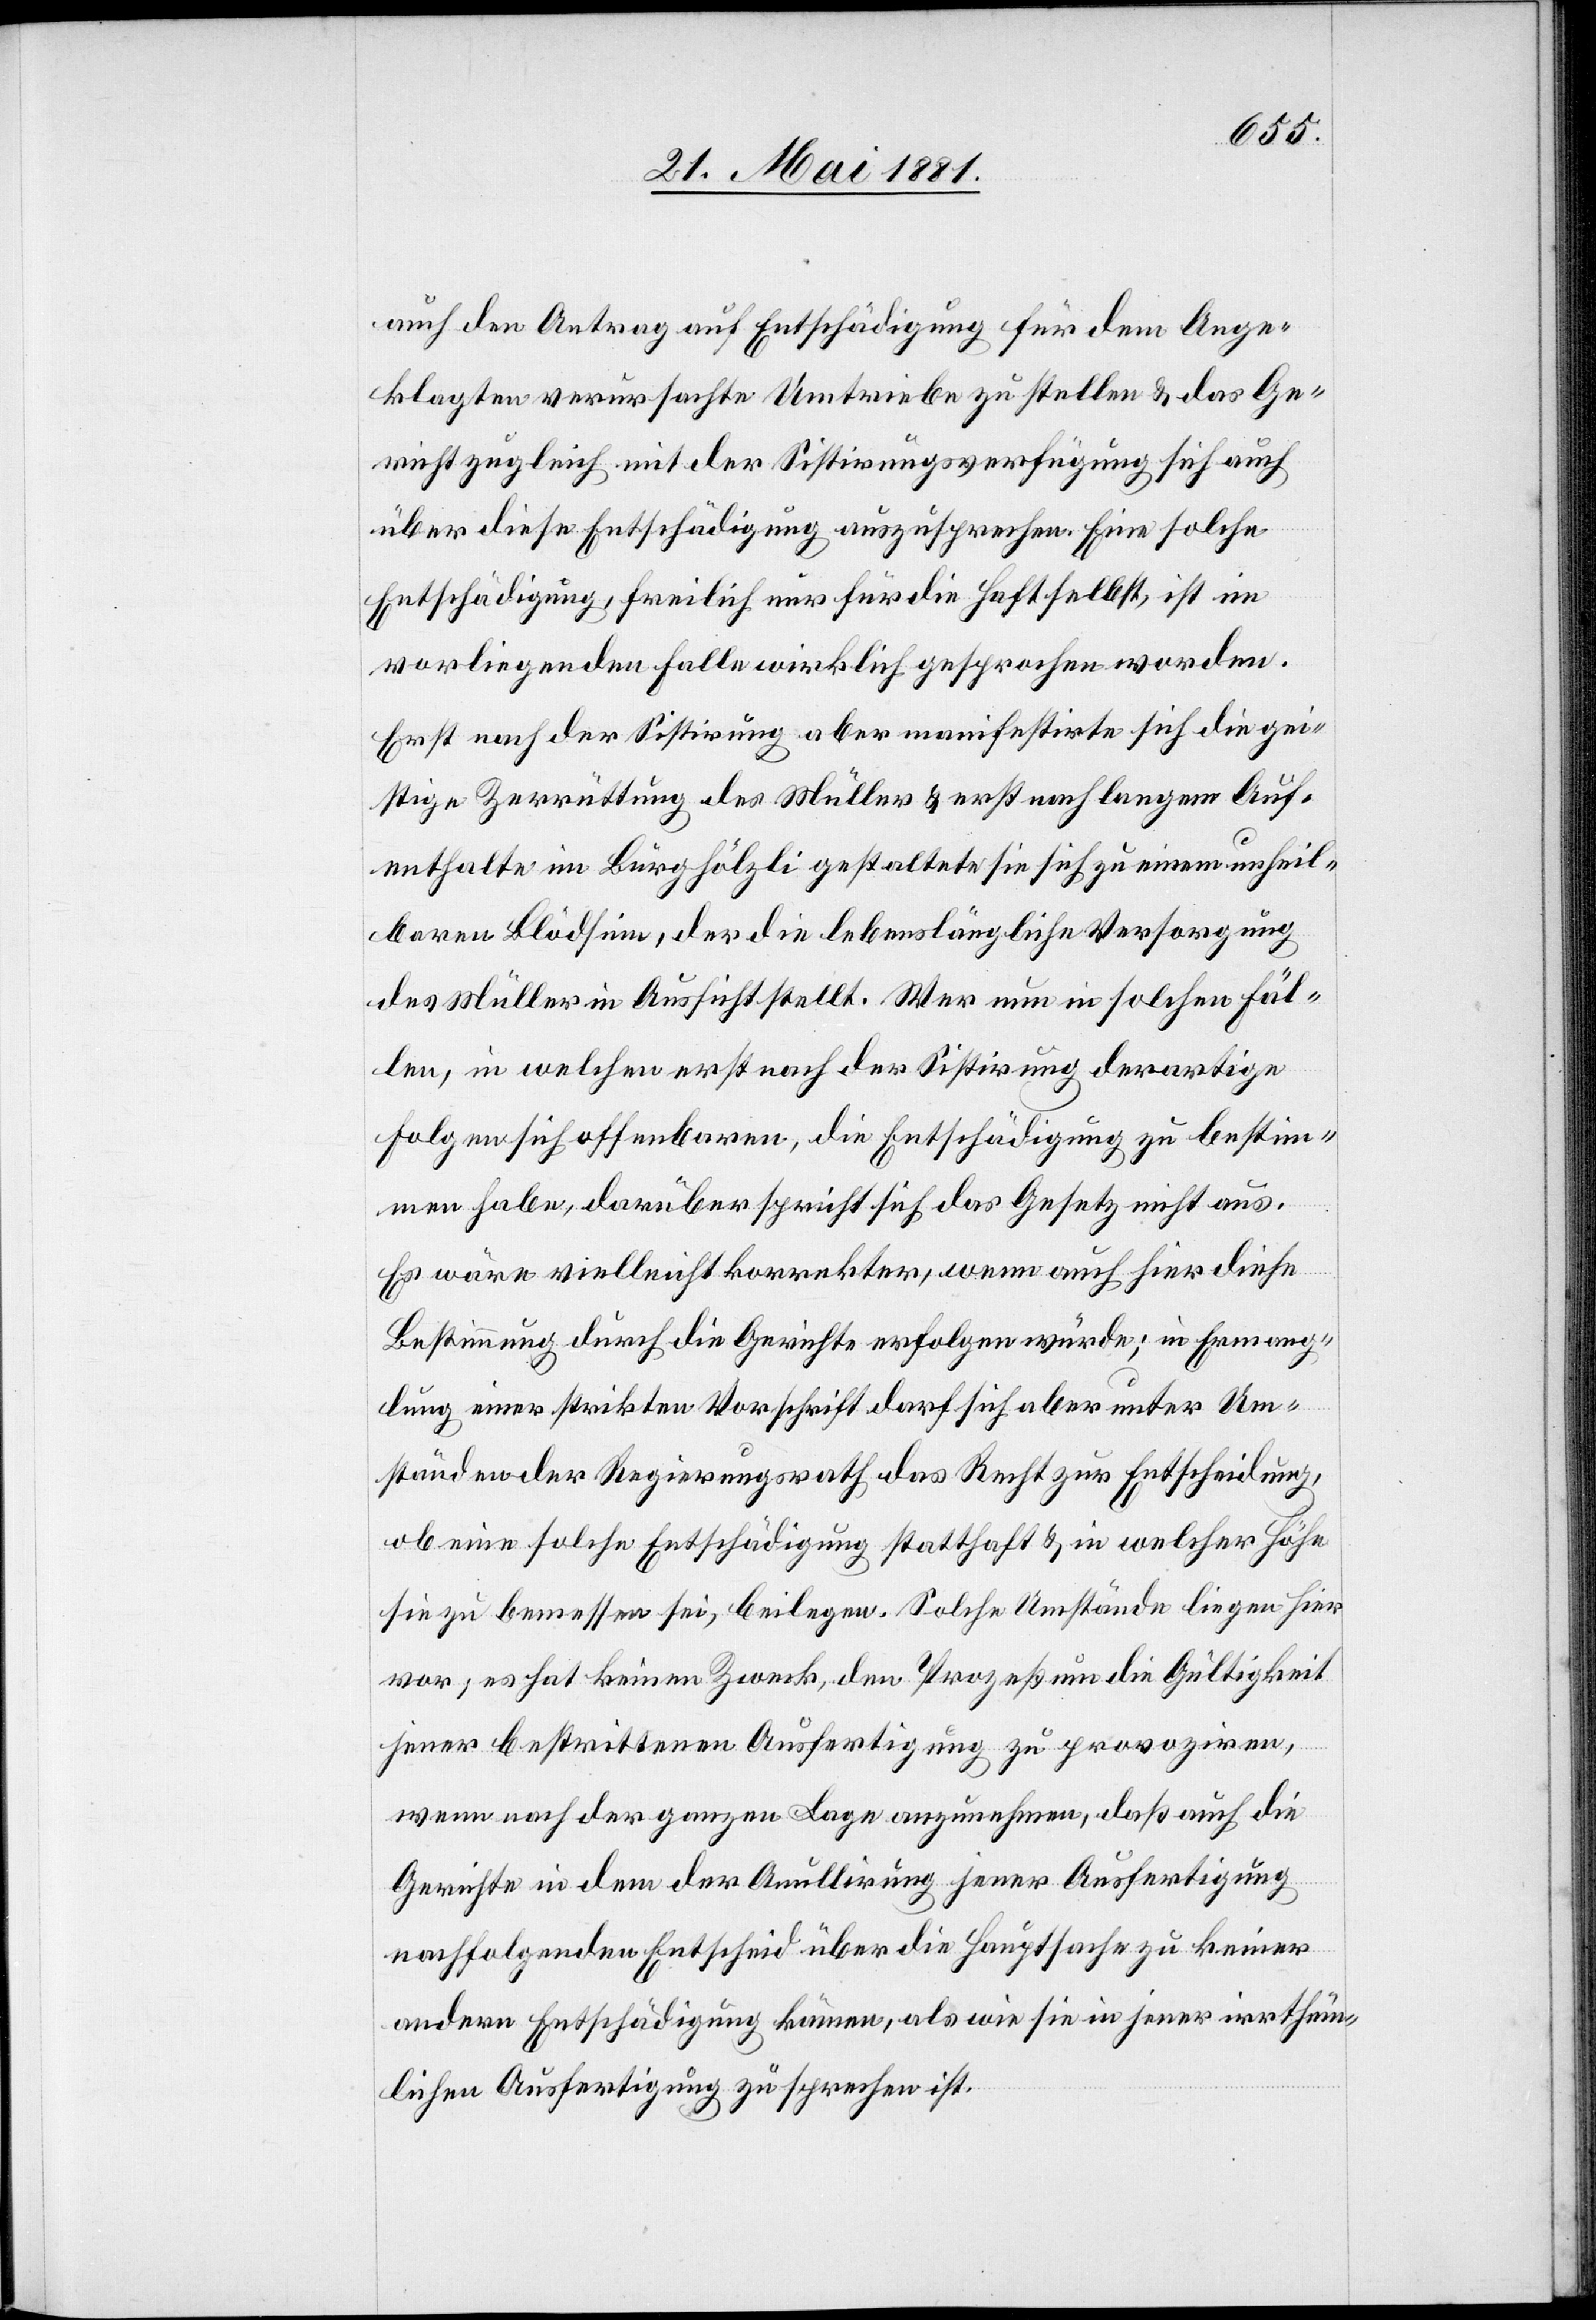
auch den Antrag auf Entschädigung für dem Ange¬
klagten verursachte Umtriebe zu stellen & das Ge¬
richt zugleich mit der Sistirungsverfügung sich auch
über diese Entschädigung auszusprechen. Eine solche
Entschädigung, freilich nur für die Haft selbst, ist im
vorliegenden Falle wirklich gesprochen worden.
Erst nach der Sistirung aber manifestirte sich die gei¬
stige Zerrüttung des Müller & erst nach langem Auf¬
enthalte im Burghölzli gestaltete sie sich zu einem unheil¬
baren Blödsinn, der die lebenslängliche Versorgung
des Müller in Aussicht stellt. Wer nun in solchen Fäl¬
len, in welchen erst nach der Sistirung derartige
Folgen sich offenbaren, die Entschädigung zu bestim¬
men habe, darüber spricht sich das Gesetz nicht aus.
Es wäre vielleicht korrekter, wenn auch hier diese
Bestimmung durch die Gerichte erfolgen würde; in Ermange¬
lung einer strikten Vorschrift darf sich aber unter Um¬
ständen der Regierungsrath das Recht zur Entscheidung,
ob eine solche Entschädigung statthaft & in welcher Höhe
sie zu bemessen sei, beilegen. Solche Umstände liegen hier
vor, es hat keinen Zweck, den Prozeß um die Gültigkeit
jener bestrittenen Ausfertigung zu provoziren,
wenn nach der ganzen Lage anzunehmen, daß auch die
Gerichte in dem der Anullirung [sic!] jener Ausfertigung
nachfolgenden Entscheid über die Hauptsache zu keiner
andern Entschädigung komme, als wie sie in jener irrthüm¬
lichen Ausfertigung zu sprechen ist.